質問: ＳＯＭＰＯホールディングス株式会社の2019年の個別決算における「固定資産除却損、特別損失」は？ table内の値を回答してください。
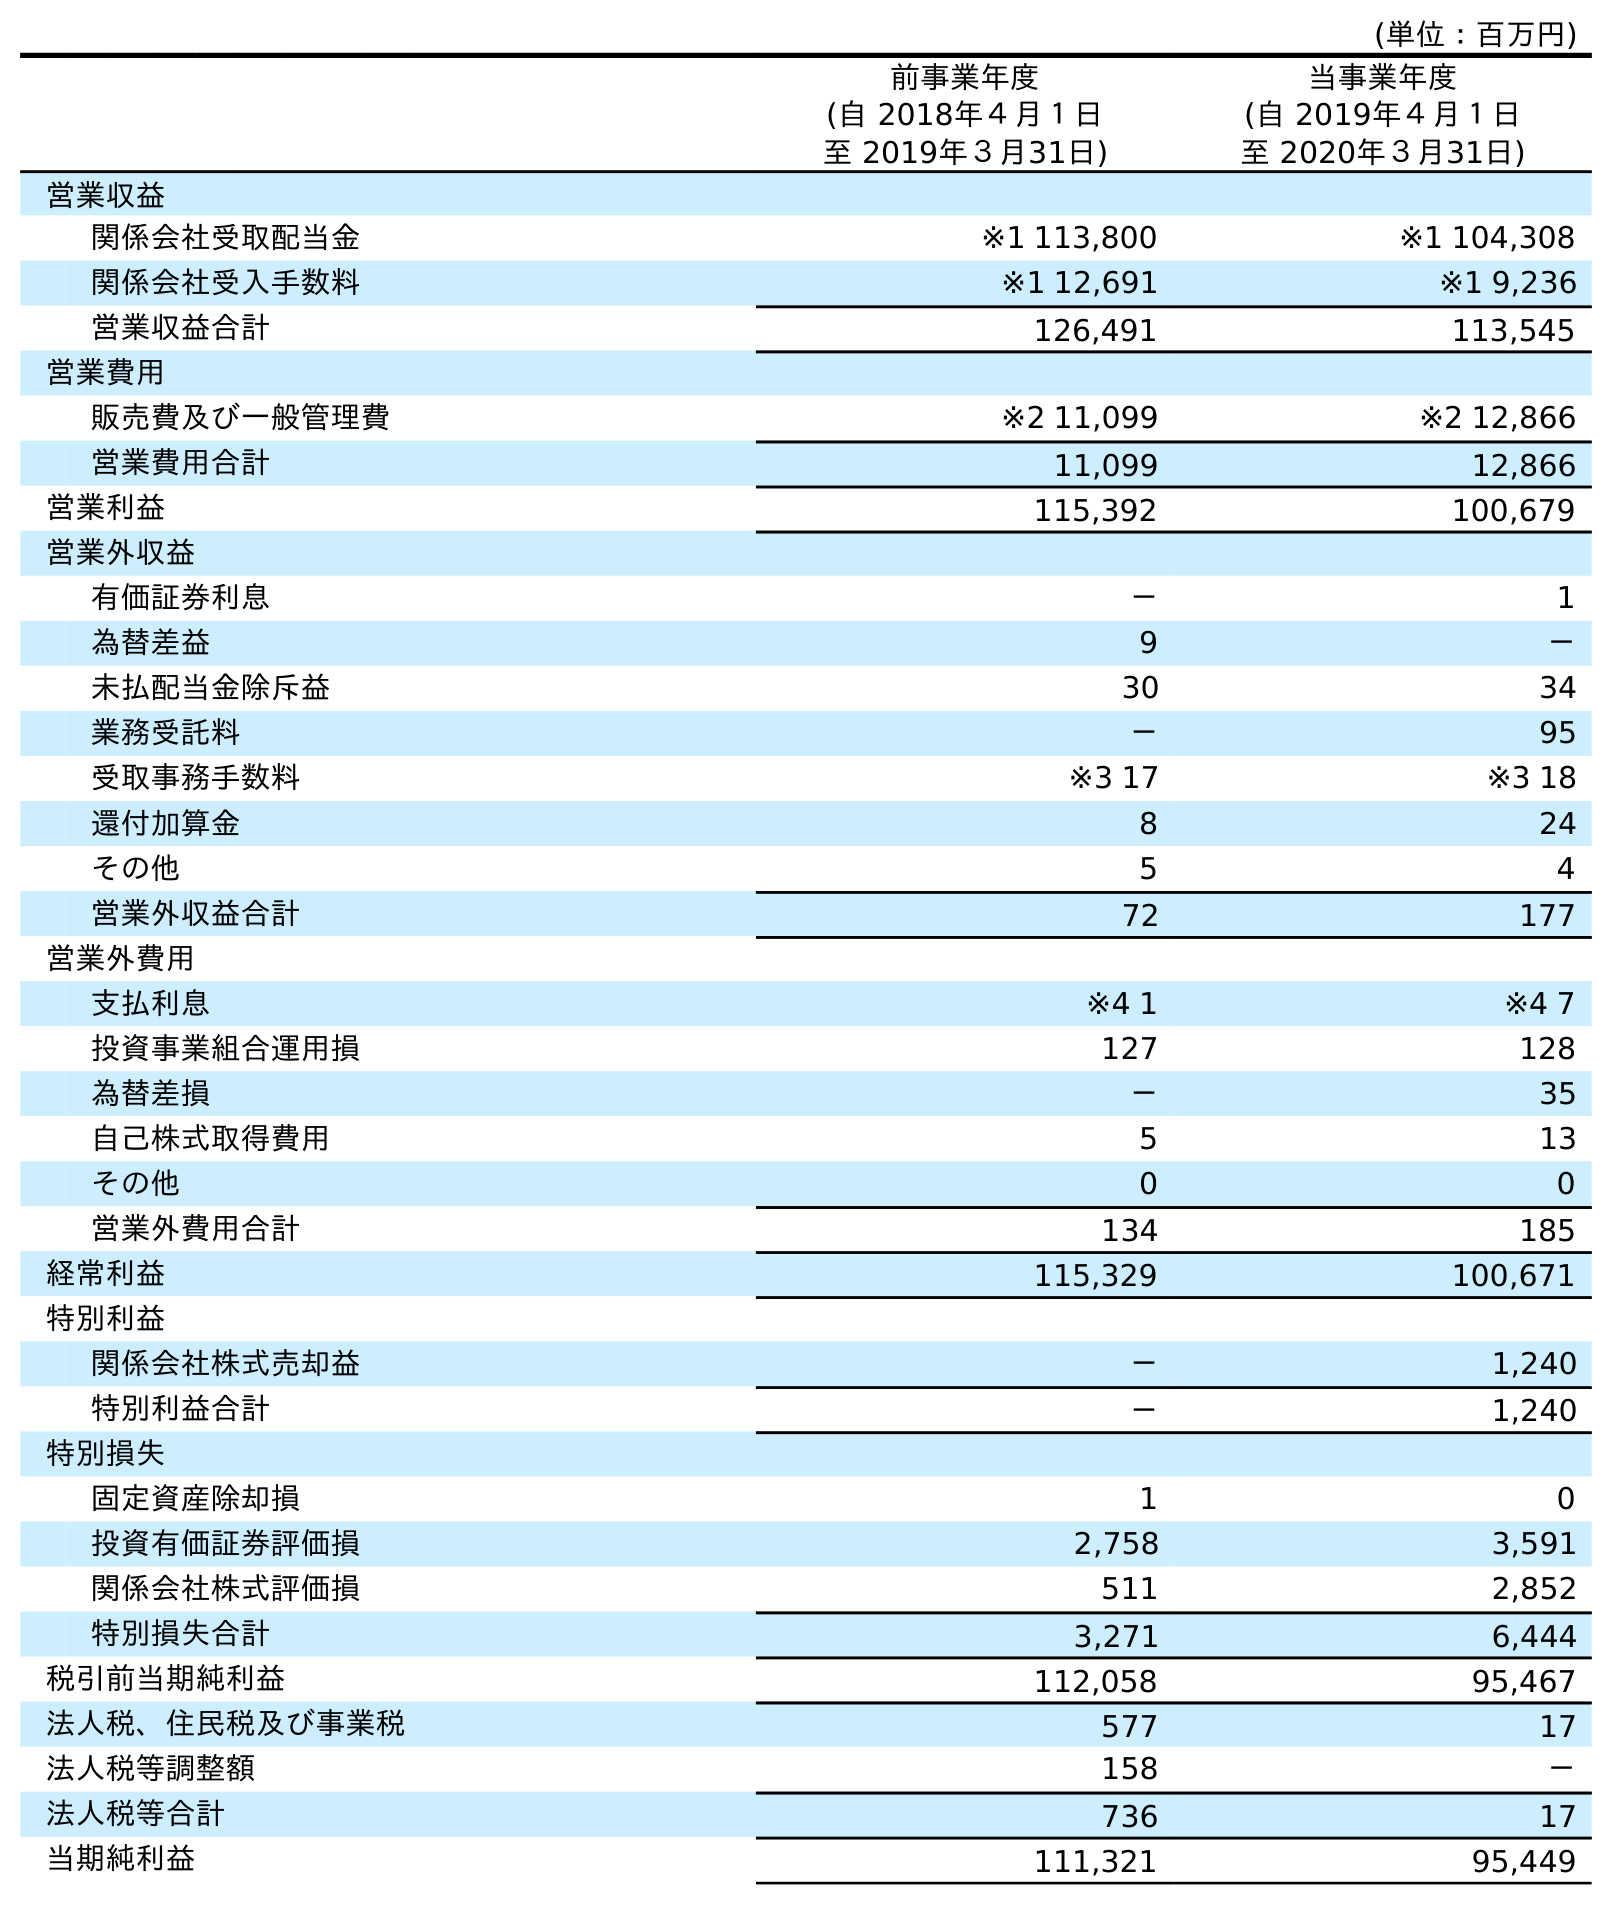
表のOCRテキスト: (単位：百万円) 前事業年度 (自 2018年４月１日 至 2019年３月31日) 当事業年度 (自 2019年４月１日 至 2020年３月31日) 営業収益 関係会社受取配当金 ※1 113,800 ※1 104,308 関係会社受入手数料 ※1 12,691 ※1 9,236 営業収益合計 126,491 113,545 営業費用 販売費及び一般管理費 ※2 11,099 ※2 12,866 営業費用合計 11,099 12,866 営業利益 115,392 100,679 営業外収益 有価証券利息 － 1 為替差益 9 － 未払配当金除斥益 30 34 業務受託料 － 95 受取事務手数料 ※3 17 ※3 18 還付加算金 8 24 その他 5 4 営業外収益合計 72 177 営業外費用 支払利息 ※4 1 ※4 7 投資事業組合運用損 127 128 為替差損 － 35 自己株式取得費用 5 13 その他 0 0 営業外費用合計 134 185 経常利益 115,329 100,671 特別利益 関係会社株式売却益 － 1,240 特別利益合計 － 1,240 特別損失 固定資産除却損 1 0 投資有価証券評価損 2,758 3,591 関係会社株式評価損 511 2,852 特別損失合計 3,271 6,444 税引前当期純利益 112,058 95,467 法人税、住民税及び事業税 577 17 法人税等調整額 158 － 法人税等合計 736 17 当期純利益 111,321 95,449
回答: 1